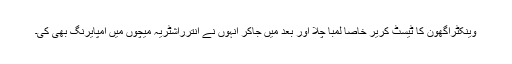
وینکٹراگھون کا ٹیسٹ کریر خاصا لمبا چلا اور بعد میں جاکر انہوں نے انترراشٹریہ میچوں میں امپایرنگ بھی کی۔